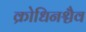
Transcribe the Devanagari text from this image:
क्रोधिनश्चैव